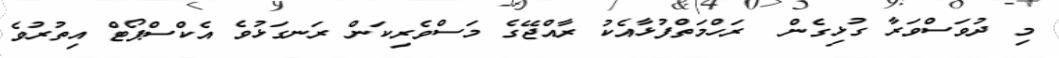
މި ދުވަސްވަރާ ގުޅިގެން  ރަހްމަތްފުޅާއެކު ރާއްޖޭގެ މަސްވެރިކަން ރަނގަޅުވެ އެކްސްޕޯޓް އިތުރުވެ